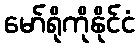
မော်ရိုကိုနိုင်ငံ